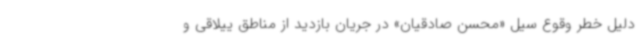
دلیل خطر وقوع سیل «محسن صادقیان» در جریان بازدید از مناطق ییلاقی و